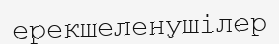
ерекшеленушілер